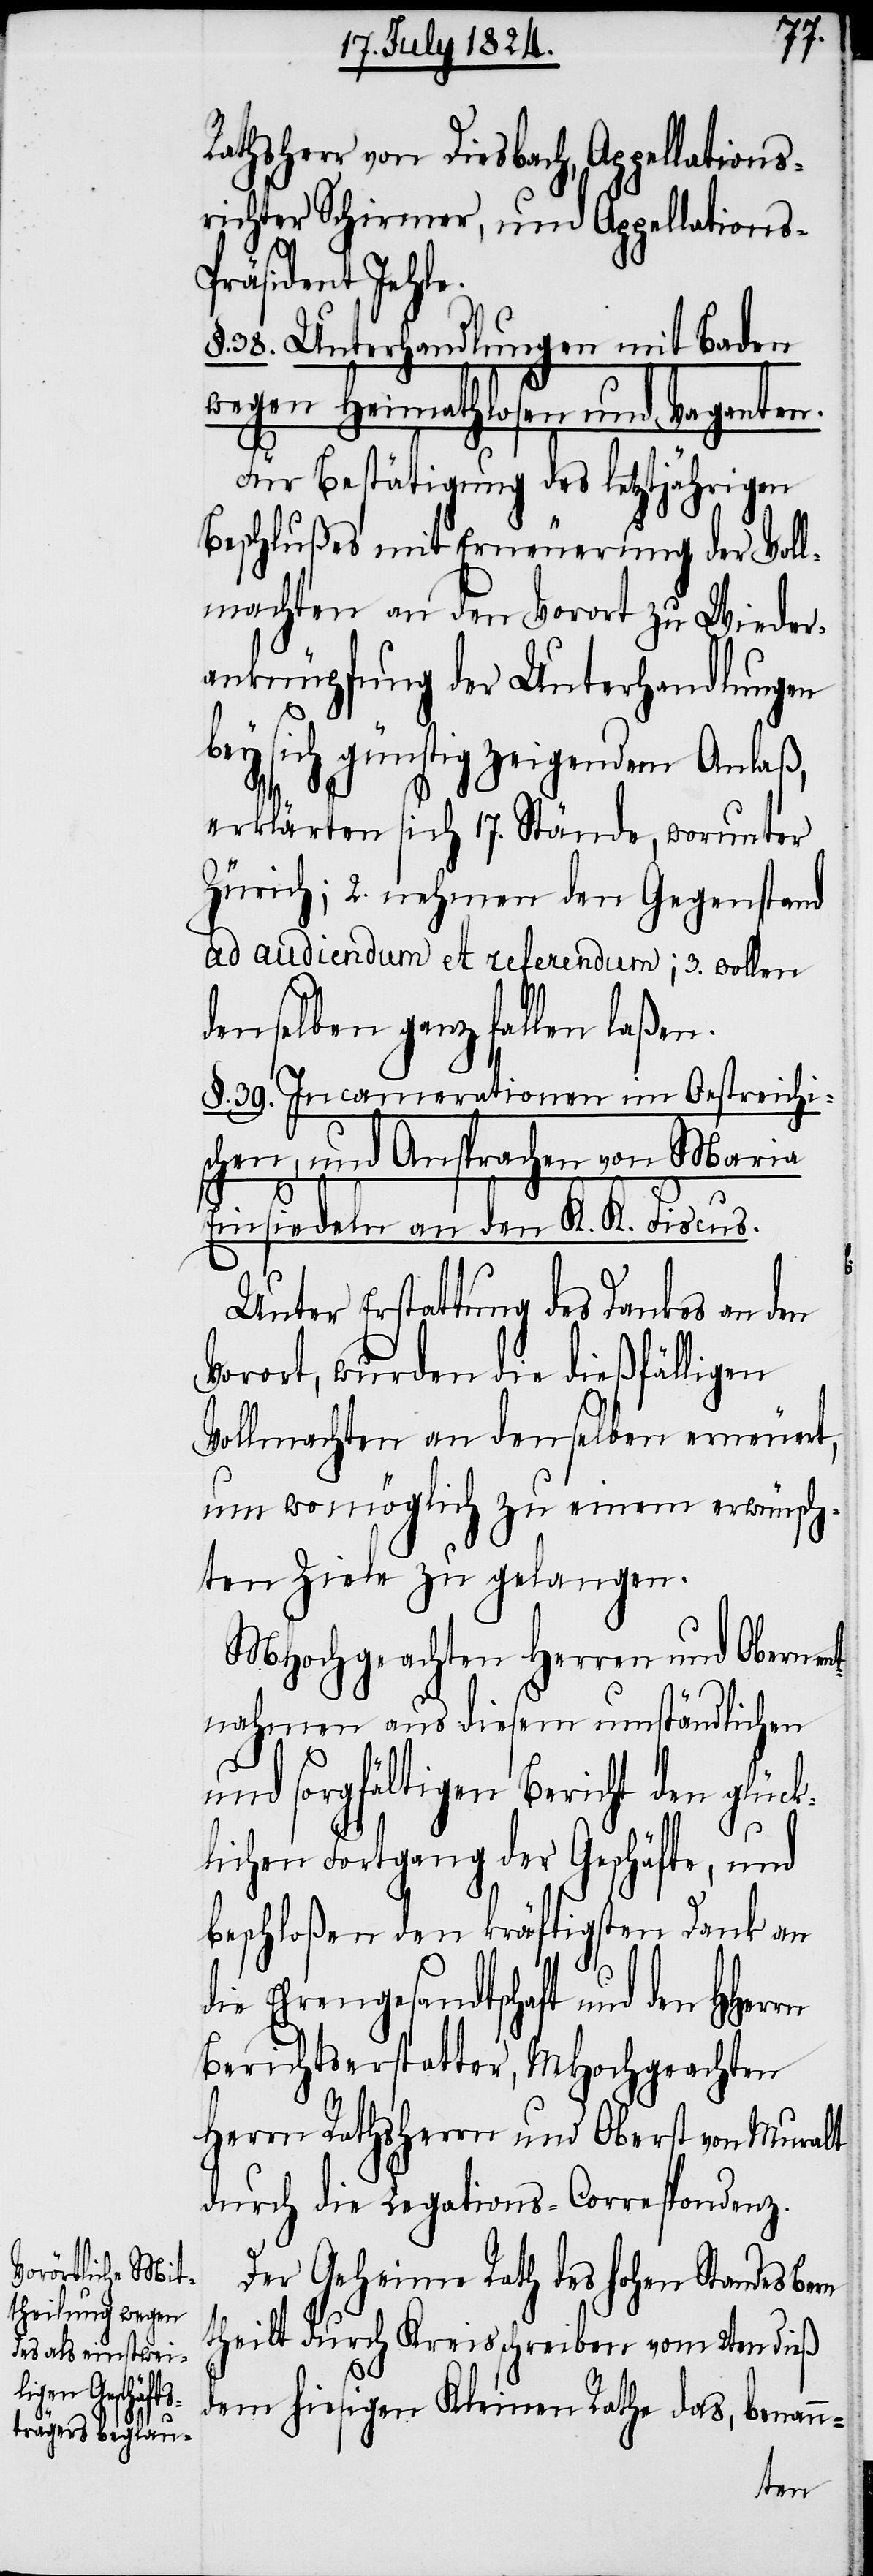
Rathsherr von Diesbach, Appellations¬
richter Schirmer, und Appellations-P¬
räsident Jehle.
38. Unterhandlungen mit Baden
wegen Heimathlosen und Vaganten.
Für Bestätigung des letztjährigen
Beschlußes mit Erneuerung der Voll¬
machten an den Vorort zu Wieder¬
anknüpfung der Unterhandlungen
bey sich günstig zeigendem Anlaß,
erklärten sich 17. Stände, worunter
Zürich; 2. nehmen den Gegenstand
ad audiendum et referendum; 3. wollen
denselben ganz fallen laßen.
§. 39. Incamerationen im Oestreichi¬
schen, und Ansprachen von Maria
Einsiedeln an den K. K. Fiscus.
Unter Erstattung des Dankes an den
Vorort, wurden die dießfälligen
Vollmachten an denselben erneuert,
um womöglich zu einem erwünsch¬
ten Ziele zu gelangen.
MHochgeachten Herren und Obern en¬
tnahmen aus diesem umständlichen
und sorgfältigen Bericht den glück¬
lichen Fortgang der Geschäfte, und
beschloßen den kräftigsten Dank an
die Ehrengesandtschaft und den
Berichtserstatter, MHochgeachten
Herrn Rathsherrn und Oberst von Muralt
durch die Legations-Correspondenz.
Der Geheime Rath des hohen Standes Bern
theilt durch Kreisschreiben vom 2ten dieß
dem hiesigen Kleinen Rathe das, benann-